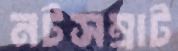
নটসম্রাট